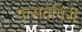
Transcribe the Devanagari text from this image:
फसवेगिरी